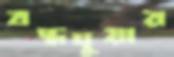
বদ্ধদুয়ার